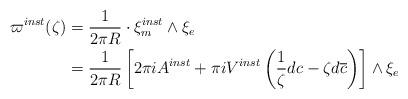
LaTeX: \begin{align*}\varpi^{inst}(\zeta) & = \frac{1}{2\pi R} \cdot \xi^{inst}_m \wedge \xi_e \\& = \frac{1}{2\pi R} \left[ 2\pi i A^{inst} + \pi i V^{inst} \left( \frac{1}{\zeta}dc - \zeta d\overline{c} \right) \right] \wedge \xi_e\end{align*}